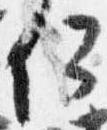
何